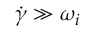
\dot { \gamma } \gg \omega _ { i }